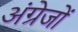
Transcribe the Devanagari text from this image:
अंग्रेजोंं